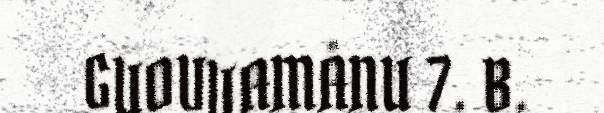
GUOVVAMÅNU 7. B.